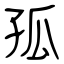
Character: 孤